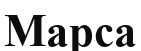
Марса